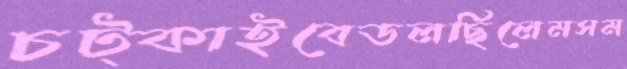
চট্‌কাইবেডলছিলেমসম